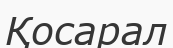
Қосарал